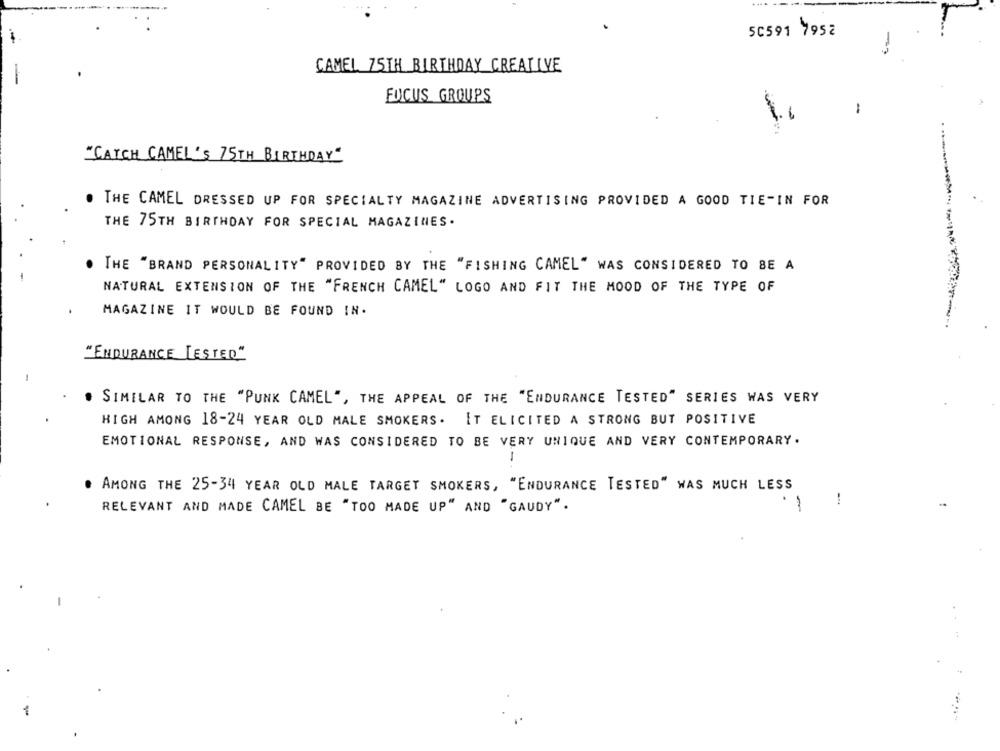
50591 7952
-
CAMEL 75TH BIRTHDAY CREATIVE
FOCUS GROUPS
"CATCH CAMEL'S 75TH BIRTHDAY"
THE CAMEL DRESSED UP FOR SPECIALTY MAGAZINE ADVERTISING PROVIDED A GOOD TIE-IN FOR
THE 75TH BIRTHDAY FOR SPECIAL MAGAZINES.
THE "BRAND PERSONALITY" PROVIDED BY THE "FISHING CAMEL" WAS CONSIDERED TO BE A
NATURAL EXTENSION OF THE "FRENCH CAMEL" LOGO AND FIT THE MOOD OF THE TYPE OF
MAGAZINE IT WOULD BE FOUND IN.
"ENDURANCE LESTED"
SIMILAR TO THE "PUNK CAMEL", THE APPEAL OF THE "ENDURANCE TESTED" SERIES WAS VERY
HIGH AMONG 18-24 YEAR OLD MALE SMOKERS. IT ELICITED A STRONG BUT POSITIVE
EMOTIONAL RESPONSE, AND WAS CONSIDERED TO BE VERY UNIQUE AND VERY CONTEMPORARY.
1
AMONG THE 25-34 YEAR OLD MALE TARGET SMOKERS, "ENDURANCE TESTED" WAS MUCH LESS
RELEVANT AND MADE CAMEL BE "TOO MADE UP" AND "GAUDY".
-